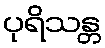
ပုရိသန္တ